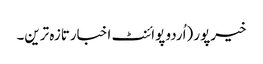
خیرپور (اُردو پوائنٹ اخبارتازہ ترین۔